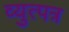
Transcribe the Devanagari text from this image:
व्युत्पत्र